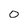
Character: 0